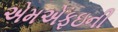
એમએફઇની